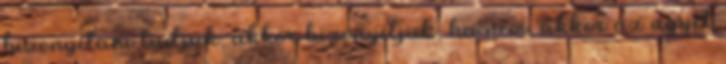
bizonyítani tudjuk, akkor bizonyítjuk, ha nem, akkor az ügyet